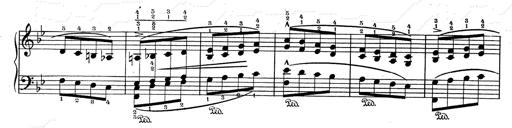
Title: RÃ©miniscences de Don Juan
Composer: Franz Liszt